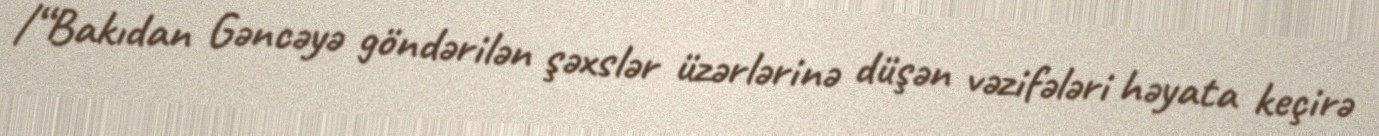
/“Bakıdan Gəncəyə göndərilən şəxslər üzərlərinə düşən vəzifələri həyata keçirə